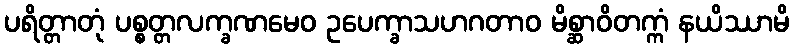
ပရိတ္တာတုံ ပစ္စတ္တလက္ခဏမေဝ ဥပေက္ခာသဟဂတာဝ မိစ္ဆာဝိတက္ကံ နယိဿာမိ